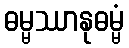
ဓမ္မဿာနုဓမ္မံ